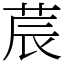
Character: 莀